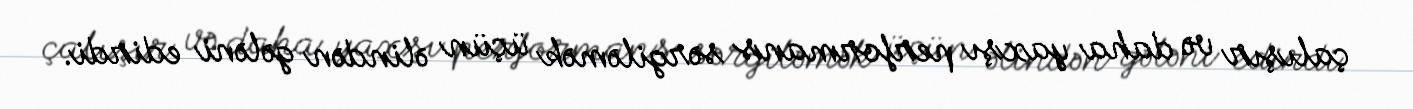
çalışır və daha yaxşı performans sərgiləmək üçün əlindən gələni edirdi.